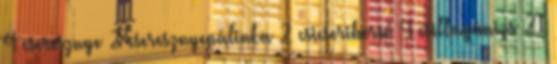
4 cseresznye 2 cseresznyepálinka 2 csicseriborsó 4 csillagánizs 21